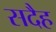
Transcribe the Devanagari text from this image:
सदैह